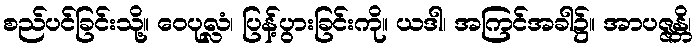
စည်ပင်ခြင်းသို့။ ဝေပုလ္လံ၊ ပြန့်ပွားခြင်းကို။ ယဒါ၊ အကြင်အခါ၌။ အာပဇ္ဇန္တိ၊